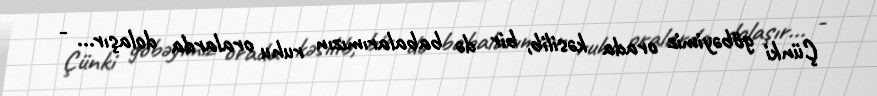
Çünki göbəyimiz orada kəsilib, bir də babalarımızın ruhu oralarda dolaşır... -